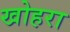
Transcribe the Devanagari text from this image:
खोहरा